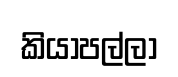
කියාපල්ලා